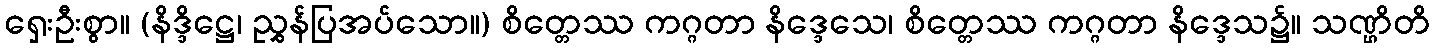
ရှေးဦးစွာ။ (နိဒ္ဒိဋ္ဌေ၊ ညွှန်ပြအပ်သော။) စိတ္တေဿ ကဂ္ဂတာ နိဒ္ဒေသေ၊ စိတ္တေဿ ကဂ္ဂတာ နိဒ္ဒေသ၌။ သဏ္ဌိတိ